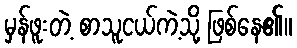
မှန်ဖူးတဲ့ စာသူငယ်ကဲ့သို့ ဖြစ်နေ၏။